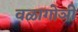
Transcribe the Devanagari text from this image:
वळागोञी